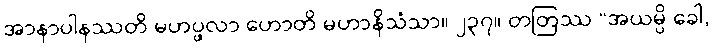
အာနာပါနဿတိ မဟပ္ဖလာ ဟောတိ မဟာနိသံသာ။ ၂၃၇။ တတြဿ “အယမ္ပိ ခေါ,